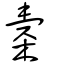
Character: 橐